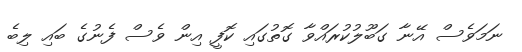
ނަމަވެސް އޭނާ ގަބޫލުކުރައްވާ ގޮތުގައި ކޮފީ އިން ވެސް ފެނުގެ ބައި ލިބެ